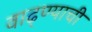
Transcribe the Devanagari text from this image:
वाढ्ण्याची